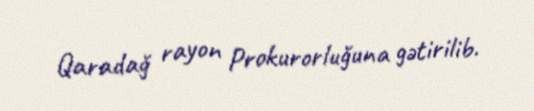
Qaradağ rayon Prokurorluğuna gətirilib.